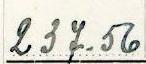
237.56